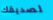
لصديقك